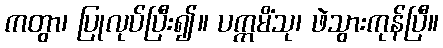
ကတွာ၊ ပြုလုပ်ပြီး၍။ ပက္ကမိံသု၊ ဖဲသွားကုန်ပြီ။